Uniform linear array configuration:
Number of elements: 64
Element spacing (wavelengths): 0.75
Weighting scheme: kaiser
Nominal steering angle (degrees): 0
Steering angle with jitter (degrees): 1.527
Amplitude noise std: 0.05
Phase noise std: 0.05

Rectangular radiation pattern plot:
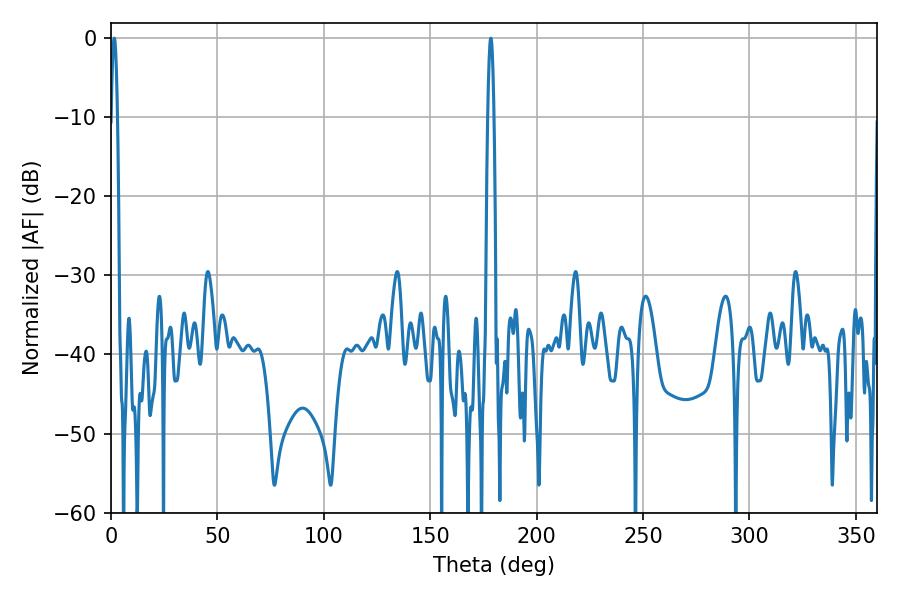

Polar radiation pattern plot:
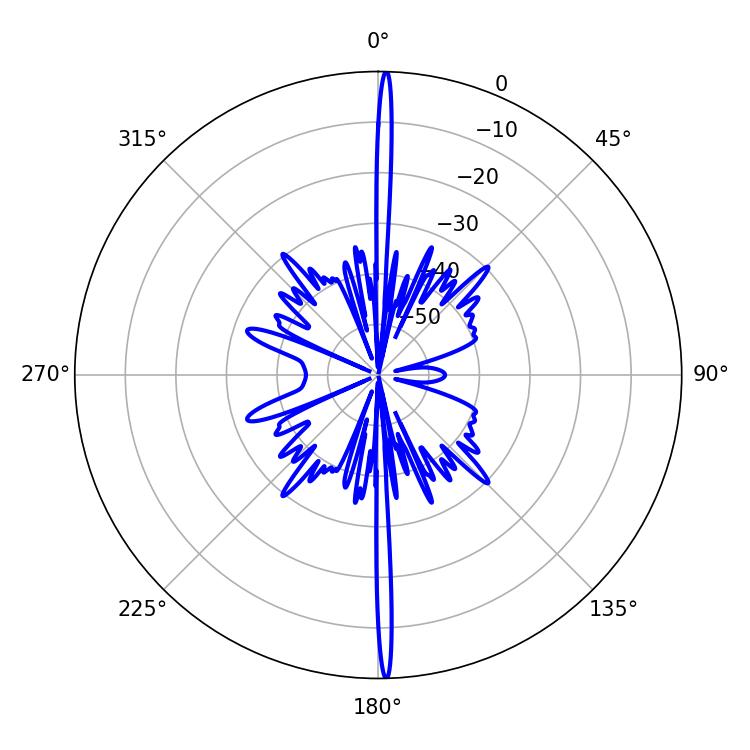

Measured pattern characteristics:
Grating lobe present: TRUE
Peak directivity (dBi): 30.943
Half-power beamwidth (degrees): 1.62
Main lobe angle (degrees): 1.62